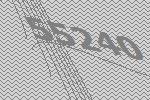
55240